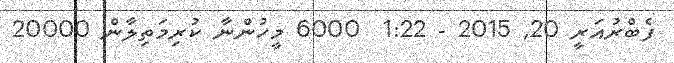
ފެބްރުއަރީ 20